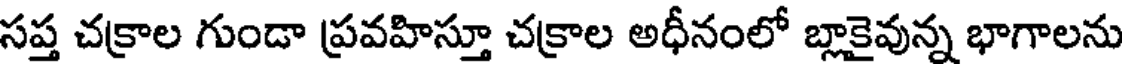
సప్త చక్రాల గుండా ప్రవహిస్తూ చక్రాల అధీనంలో బ్లాకైవున్న భాగాలను